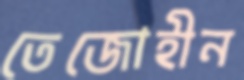
তেজোহীন